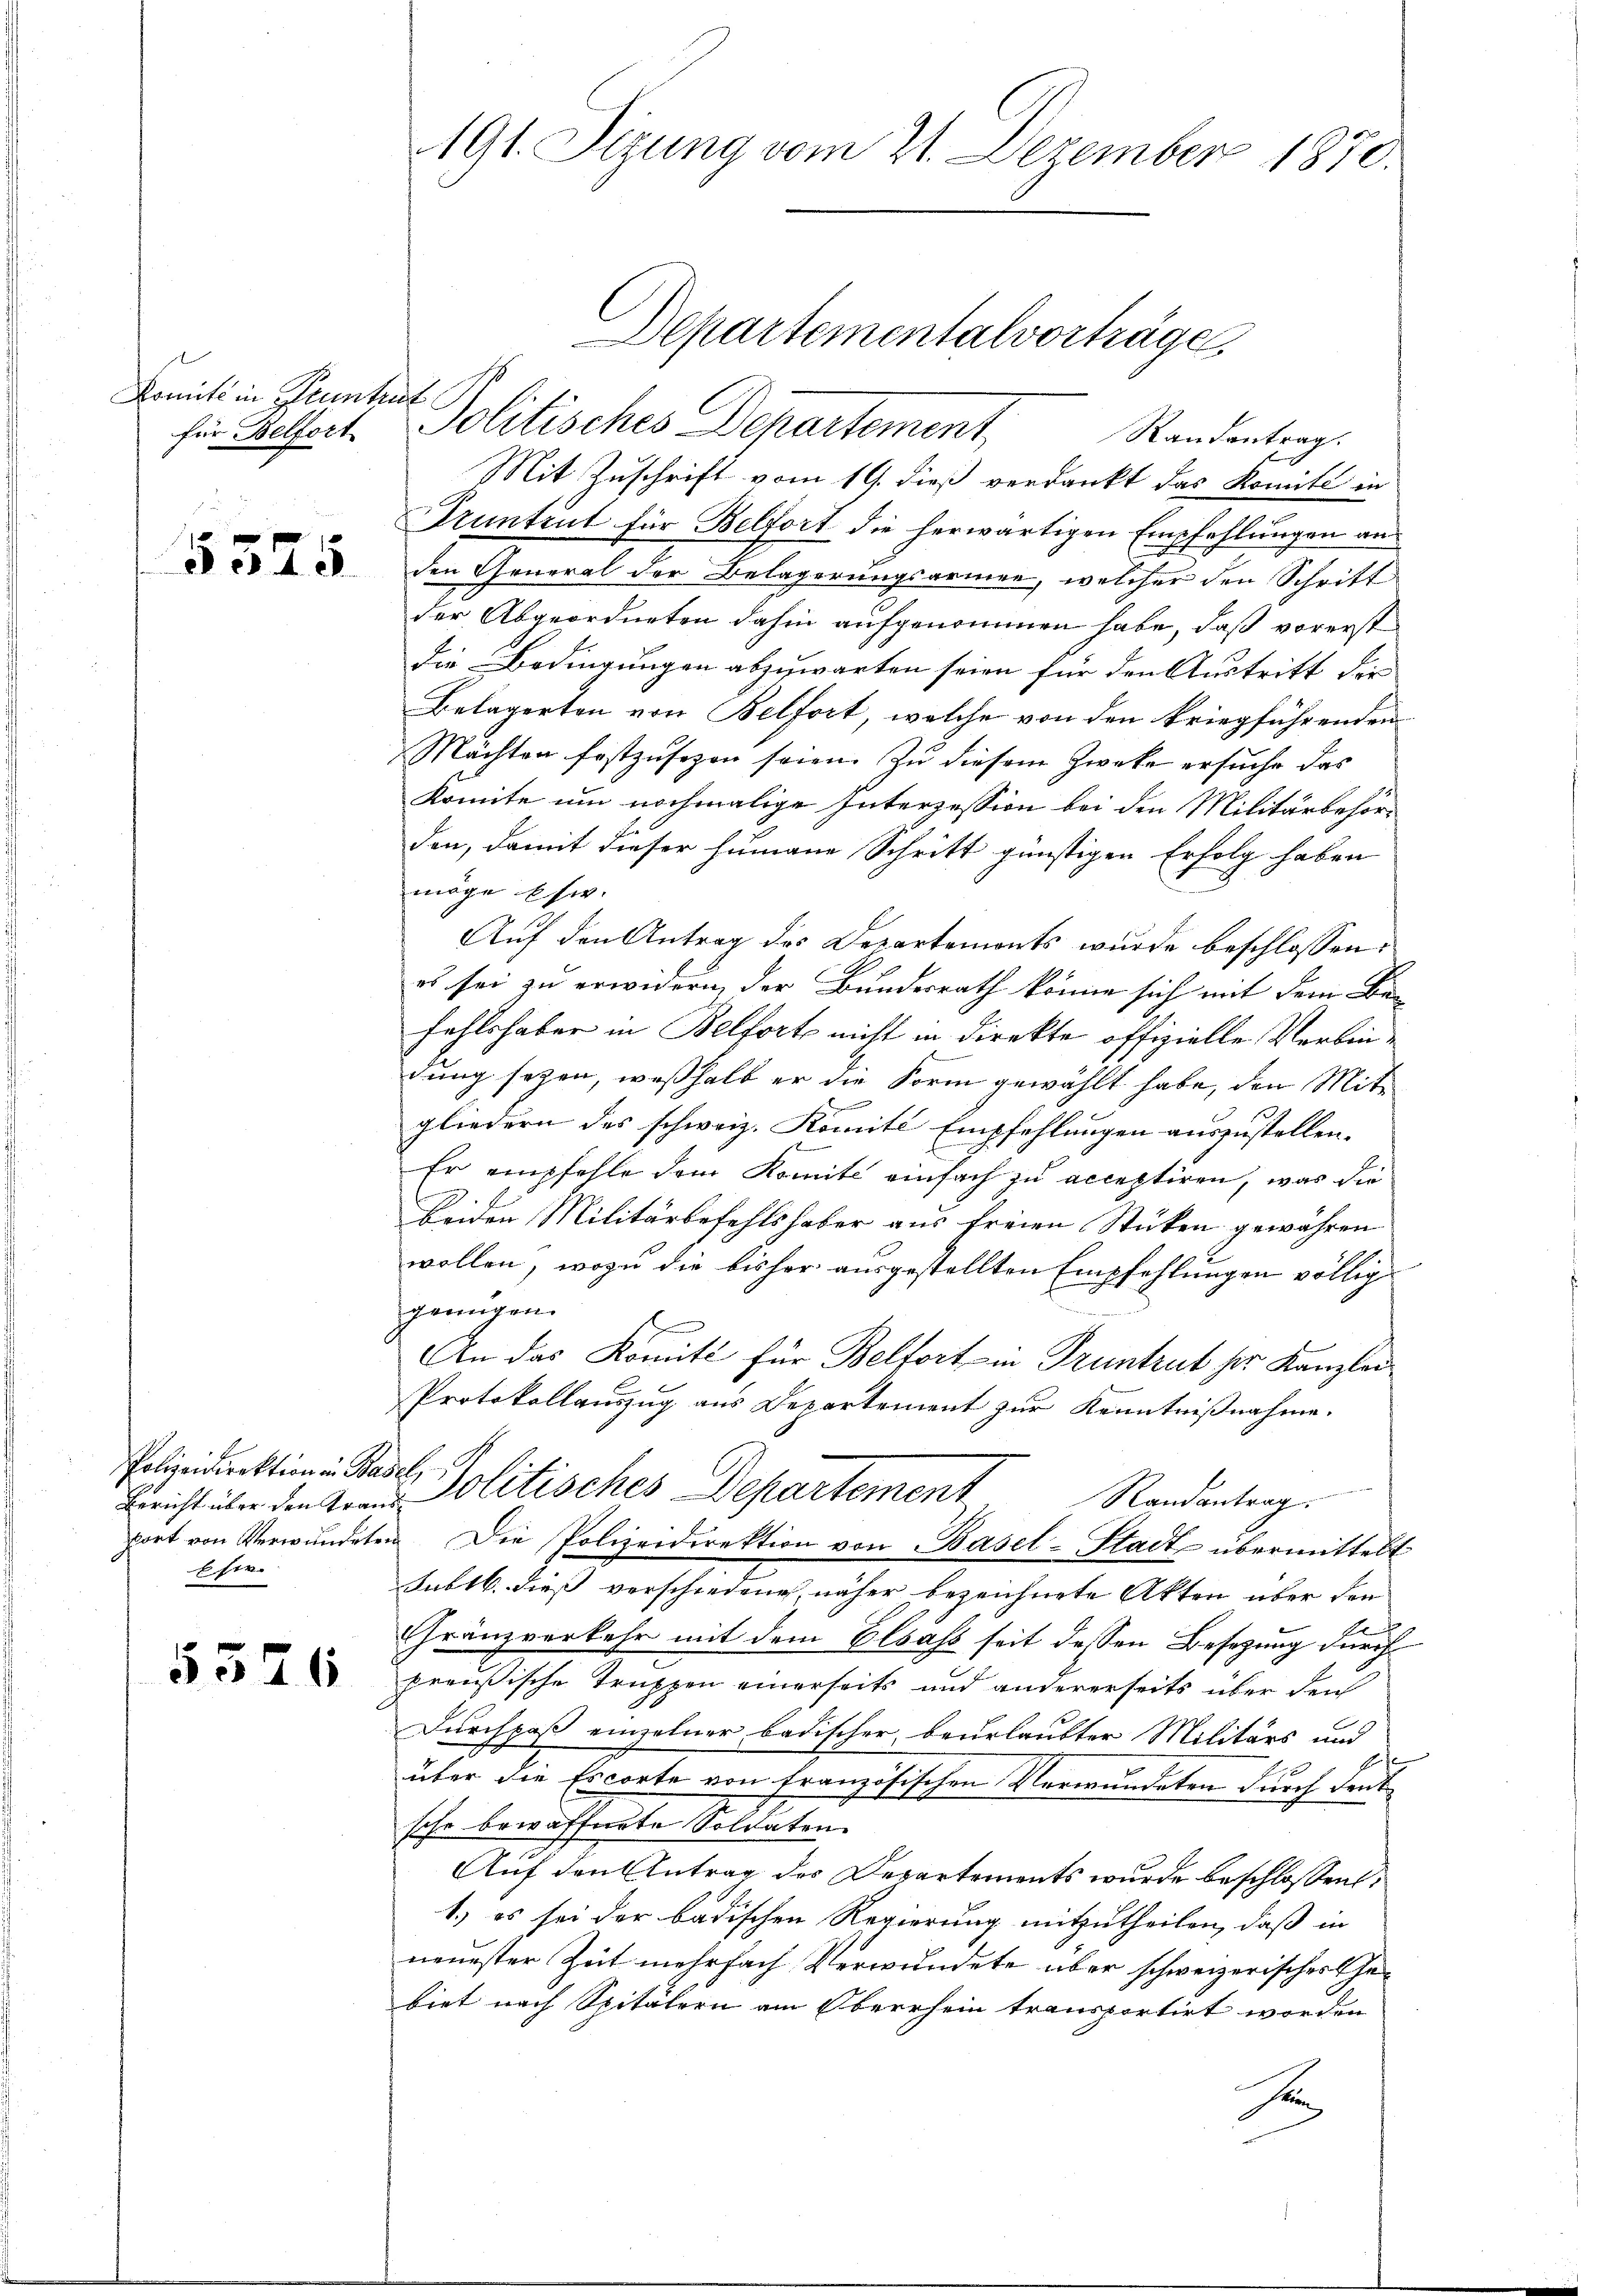
Komité in Prunte
für Belfort

5575.

Polizeidirektion in Be
Bericht über den Traport von Verwundet
Estr.

5526

191. Sizung vom 21. Dezember 1870.

Randantrag.
Mit Zuschrift vom 19. dieß verdankt das Komité in
Tantent für Belfort die herwärtigen Empfehlungen an
den General der Belagerungsarmen, welcher den Schritt
der Abgeordneten dahin aufgenommen habe, daß vorerst
die Bedingungen abzuwarten seien für den Austritt der
Belagerten von Belfort, welche von den kriegführenden
Mächten festzusozen seien. Zu diesem Zwecke ersuche das
komite um nochmalige Interzession bei den Militärbehörden, damit dieser humane Schritt günstigen Erfolg haben
möge si
Auf den Antrag des Departemonts wurde beschlossen:
es sei zu erwidern der Bundesrath könne sich mit dem Be-
fahlshaber in Belforts nicht in direkte offizielle Verbindung seyen, weßhalb er die Form gewählt habe, den Mitgliedern des schweiz. Komite Empfehlungen auszustellen.
Er empfehle dem Komite einfach zu acceptiren, was die
Beiden Militärbefehlshaber aus freien Stücken gewahren
wollen, wozu die bisher ausgestellten Empfehlungen völlig
genügen.
An das Komité für Belfort in Truntrut her Kanzlei
Protokollauszug aus Departement zur Kenntnißnahme.
2
Politisches Departement
Randantrag.
 Die Polizeidirektion von Basel-Stadt übermittelt
sublb. dieß verschiedene näher bezeichnete Akten über den
E
Gränzverkehr mit dem Elsass seit dessen Besetzung durch
preußische Truppen einerseits und andererseits über den
Durchpaß einzelner badischer beurlaubter Militärs und
g
über die Escorte von französischen Verwundeten durch deutsehr bewafferte Soldaten.
Auf den Antrag der Departements wurde beschlossen,
1.) es sei der badischen Regierung mitzutheilen, daß in
neuester Zeit mehrfach Verwundete über schweizerisches Gebiet nach Spitälern am Oberrhein transportirt worden
x

Departementalvorträge,
Politisches Departement,